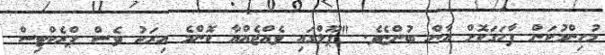
މުހިންމުކަން ފާހަގަކޮށް އާން ބުންޏެވެ. "ޕޫލްގައި ވެއްޖެއްޔާ ކޮންމެ އިރަކު ވެސް ޕްރެކްޓިސް